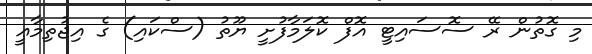
މި ގޮތުން ރޭ ސޮސައިޓީ އޮފް ކޮލަމާފުށީ ޔޫތު (ސްކައި) ގެ އިޖުތިމާޢީ